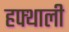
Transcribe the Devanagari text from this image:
हफ्थाली